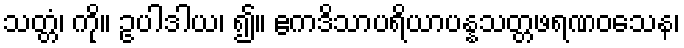
သတ္တံ၊ ကို။ ဥပါဒါယ၊ ၍။ ဧကဒိသာပရိယာပန္နသတ္တဖရဏဝသေန၊